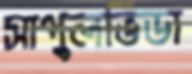
সাপুলভিডা